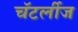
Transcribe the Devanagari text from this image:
चॅटर्लीज